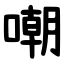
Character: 嘲